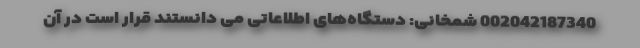
002042187340 شمخانی: دستگاه‌های اطلاعاتی می دانستند قرار است در آن